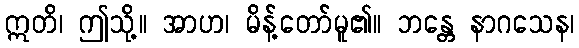
ဣတိ၊ ဤသို့။ အာဟ၊ မိန့်တော်မူ၏။ ဘန္တေ နာဂသေန၊